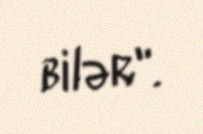
bilər".